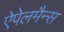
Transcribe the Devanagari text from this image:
ऐपेलमैन्स